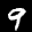
Label: 9